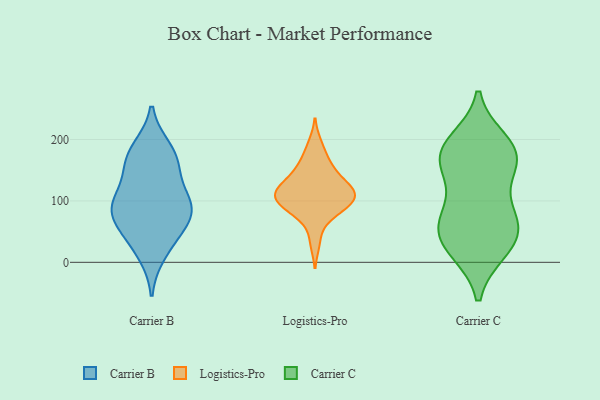
{"axis": {"x": "Humidity (%)", "y": "Value"}, "legend": ["Carrier B", "Carrier C", "Logistics-Pro"], "data": [{"x": "", "y": 56, "type": "Carrier B"}, {"x": "", "y": 147, "type": "Carrier B"}, {"x": "", "y": 91, "type": "Carrier B"}, {"x": "", "y": 162, "type": "Carrier B"}, {"x": "", "y": 84, "type": "Carrier B"}, {"x": "", "y": 103, "type": "Carrier B"}, {"x": "", "y": 184, "type": "Carrier B"}, {"x": "", "y": 15, "type": "Carrier B"}, {"x": "", "y": 42, "type": "Carrier B"}, {"x": "", "y": 175, "type": "Carrier B"}, {"x": "", "y": 87, "type": "Carrier B"}, {"x": "", "y": 90, "type": "Carrier B"}, {"x": "", "y": 153, "type": "Logistics-Pro"}, {"x": "", "y": 113, "type": "Logistics-Pro"}, {"x": "", "y": 108, "type": "Logistics-Pro"}, {"x": "", "y": 139, "type": "Logistics-Pro"}, {"x": "", "y": 170, "type": "Logistics-Pro"}, {"x": "", "y": 192, "type": "Logistics-Pro"}, {"x": "", "y": 79, "type": "Logistics-Pro"}, {"x": "", "y": 78, "type": "Logistics-Pro"}, {"x": "", "y": 113, "type": "Logistics-Pro"}, {"x": "", "y": 93, "type": "Logistics-Pro"}, {"x": "", "y": 116, "type": "Logistics-Pro"}, {"x": "", "y": 107, "type": "Logistics-Pro"}, {"x": "", "y": 92, "type": "Logistics-Pro"}, {"x": "", "y": 143, "type": "Logistics-Pro"}, {"x": "", "y": 33, "type": "Logistics-Pro"}, {"x": "", "y": 107, "type": "Logistics-Pro"}, {"x": "", "y": 122, "type": "Logistics-Pro"}, {"x": "", "y": 192, "type": "Carrier C"}, {"x": "", "y": 184, "type": "Carrier C"}, {"x": "", "y": 75, "type": "Carrier C"}, {"x": "", "y": 116, "type": "Carrier C"}, {"x": "", "y": 154, "type": "Carrier C"}, {"x": "", "y": 167, "type": "Carrier C"}, {"x": "", "y": 20, "type": "Carrier C"}, {"x": "", "y": 171, "type": "Carrier C"}, {"x": "", "y": 58, "type": "Carrier C"}, {"x": "", "y": 67, "type": "Carrier C"}, {"x": "", "y": 64, "type": "Carrier C"}, {"x": "", "y": 23, "type": "Carrier C"}, {"x": "", "y": 53, "type": "Carrier C"}, {"x": "", "y": 163, "type": "Carrier C"}, {"x": "", "y": 197, "type": "Carrier C"}, {"x": "", "y": 19, "type": "Carrier C"}]}